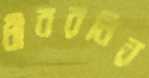
ধীবরনির